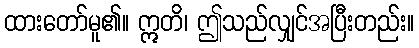
ထားတော်မူ၏။ ဣတိ၊ ဤသည်လျှင်အပြီးတည်း။